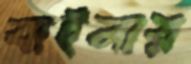
বাইলার